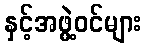
နှင့်အဖွဲ့ဝင်များ